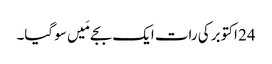
24 اکتوبر کی رات ایک بجے مَیں سو گیا۔